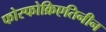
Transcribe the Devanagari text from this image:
फोस्फोक्रिएतिनीन